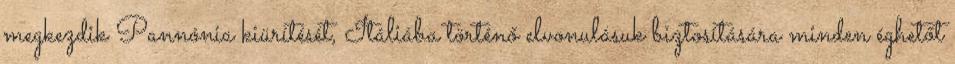
megkezdik Pannónia kiürítését, Itáliába történő elvonulásuk biztosítására minden éghetőt